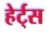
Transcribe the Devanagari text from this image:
हेर्ट्‌स